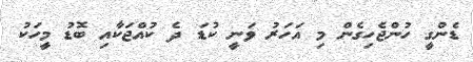
ޑެންގީ ހުންޖެހިގެން މި އަހަރު ވަނީ ކުޑަ ދެ ކުއްޖަކާއި ބޮޑު މީހަކު